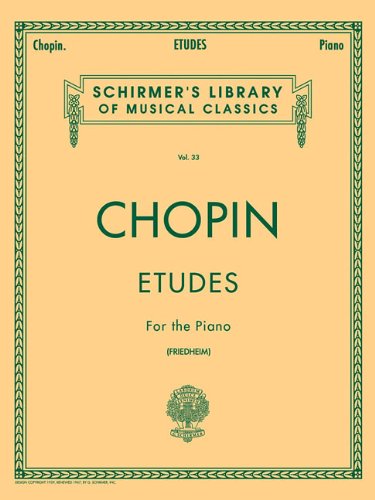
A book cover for Etudes for the Piano (Schirmer's Library of Musical Classics, vol.33); Humor & Entertainment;